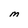
Character: M